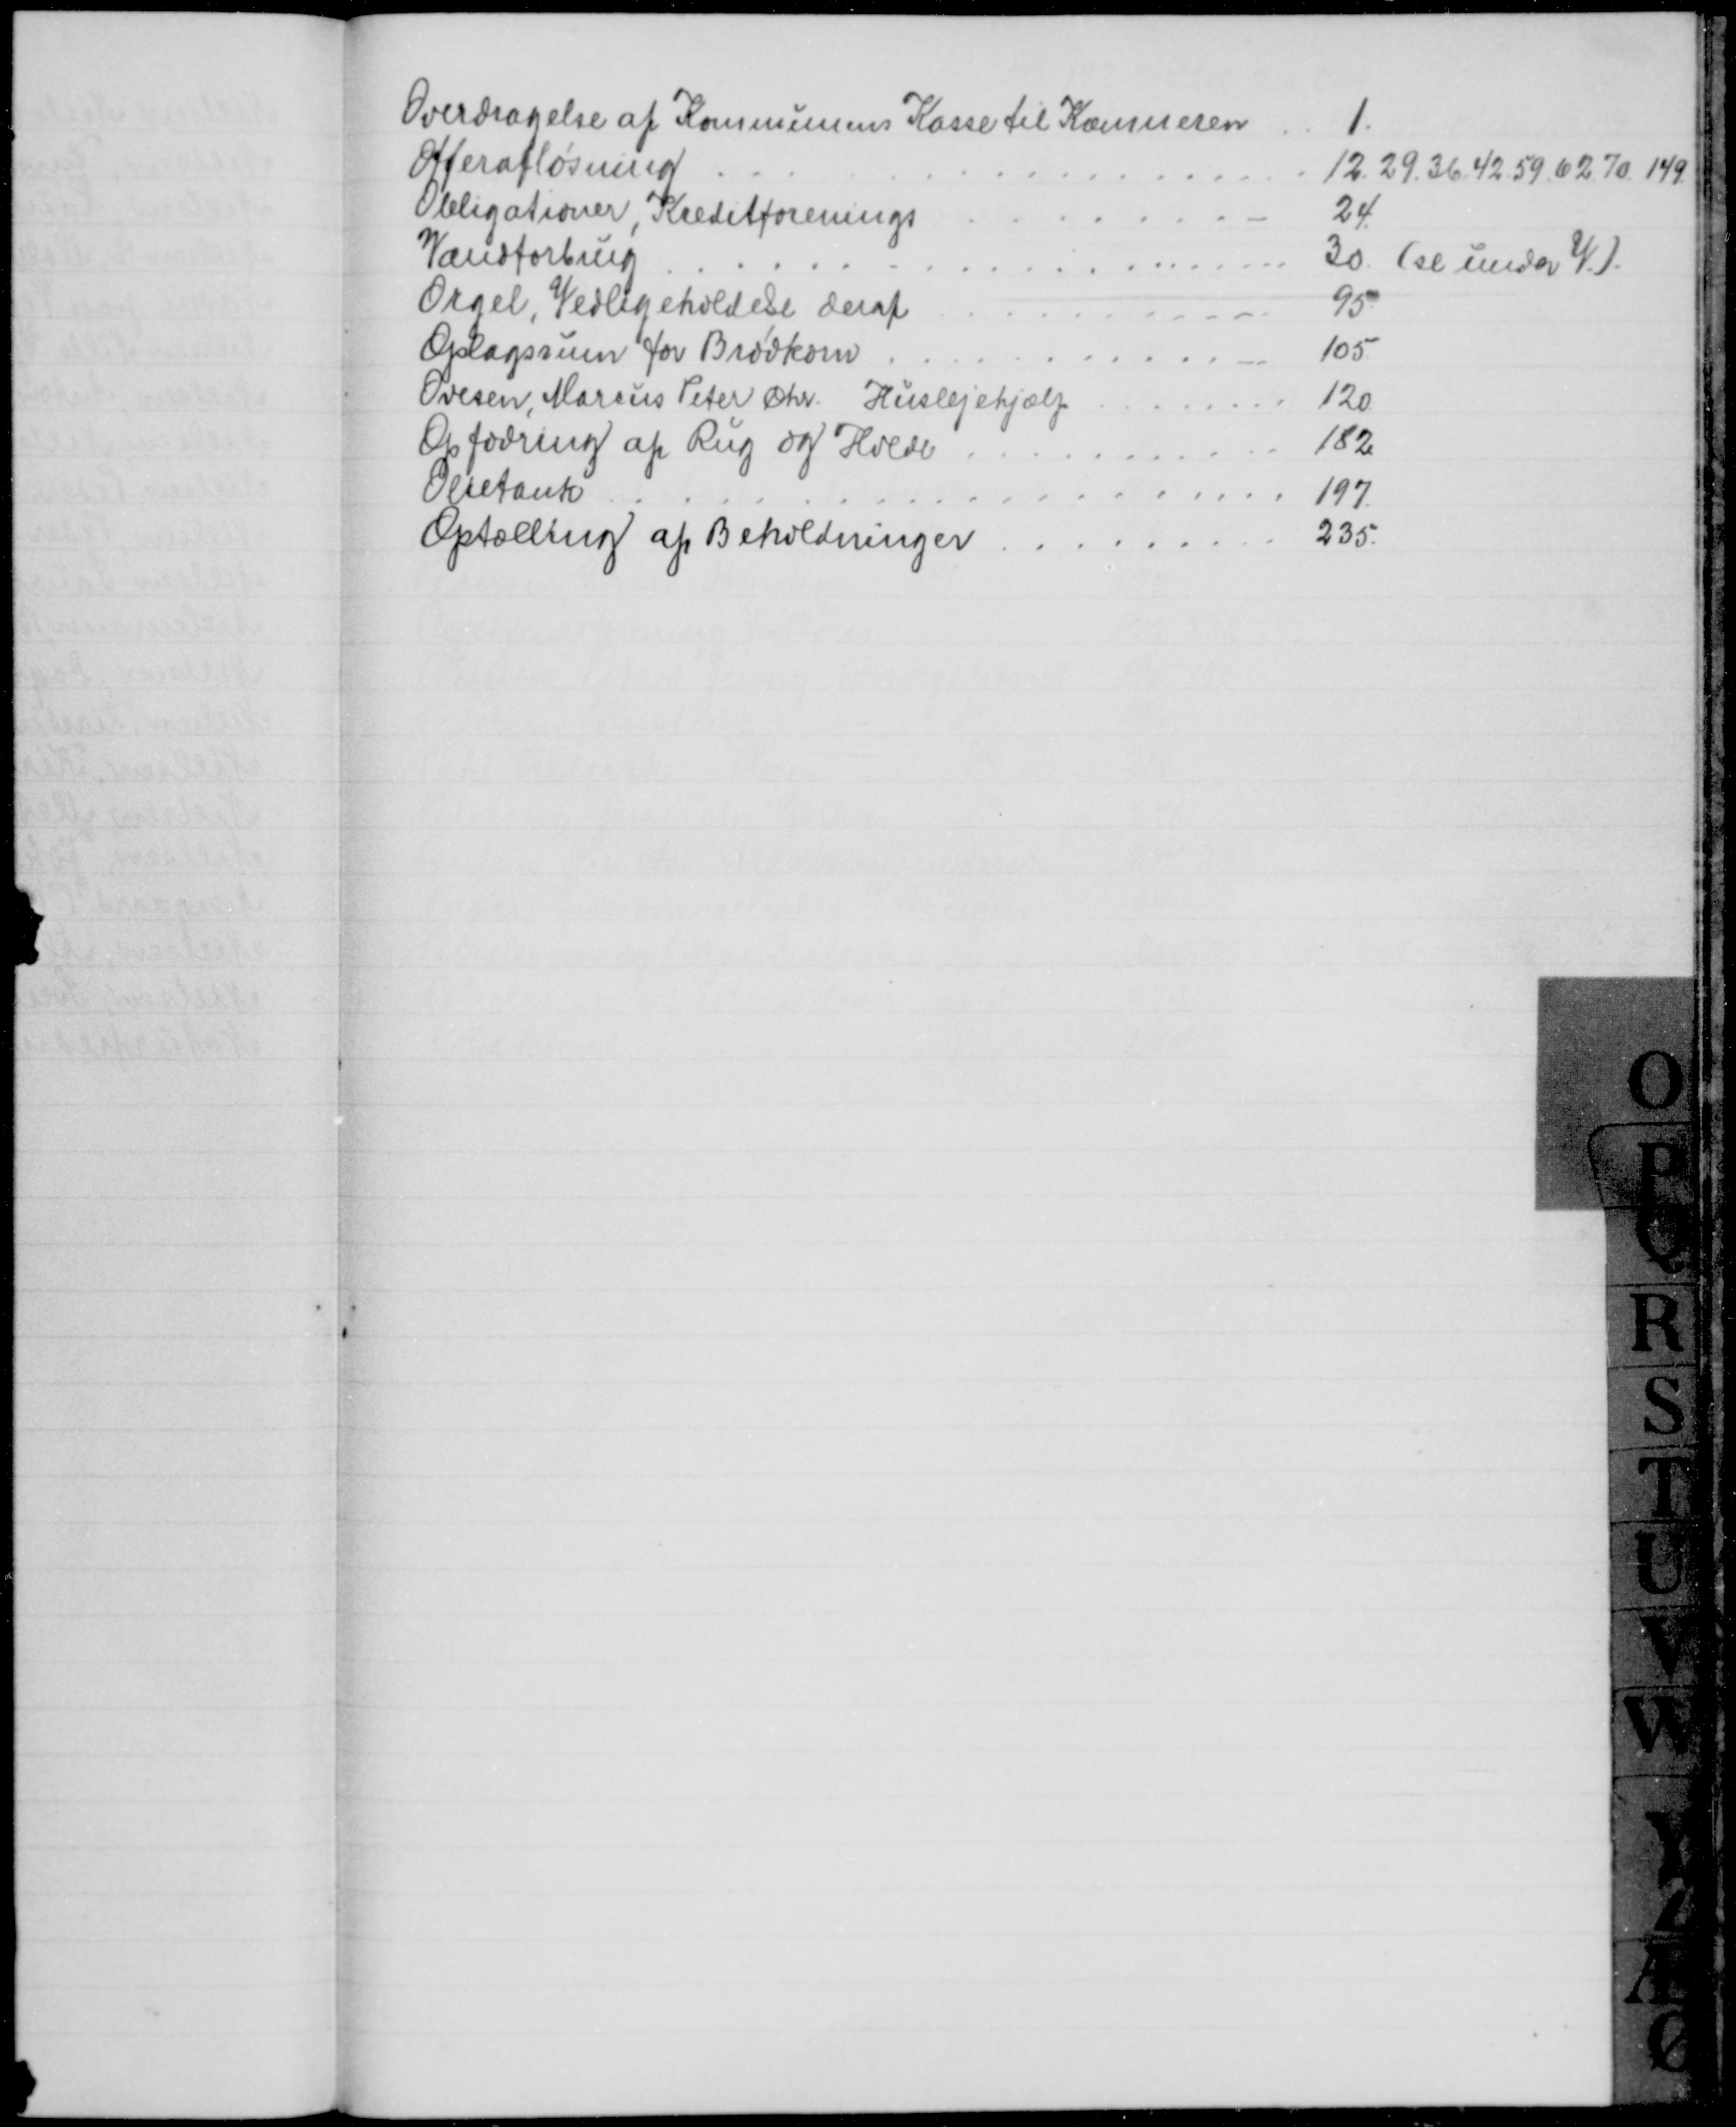
Transskription:
Overdragelse af Kommunens Kasse til Kæmneren
1
Offerafløsning
12. 29. 36. 42. 59. 62. 70. 149
Obligationer, Kreditforenings
24.
Vandforbrug
30. (se under V.).
Orgel, Vedligeholdelse deraf
95
Oplagsrum for Brødkorn
105
Ovesen, Marius Peter Chr. Huslejehjælp
120
Opfodring af Rug og Hvede
182
Olietank
197.
Optælling af Beholdninger
235.